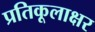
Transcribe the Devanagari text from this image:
प्रतिकूलाक्षर